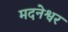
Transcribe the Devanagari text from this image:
मदनेश्वर